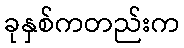
ခုနှစ်ကတည်းက